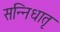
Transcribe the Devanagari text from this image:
सन्निधातृ